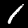
Label: 1